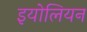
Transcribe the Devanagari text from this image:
इयोलियन